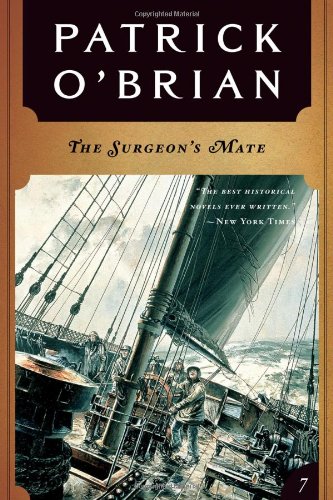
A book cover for The Surgeon's Mate (Vol. Book 7)  (Aubrey/Maturin Novels); Patrick O'Brian; Literature & Fiction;